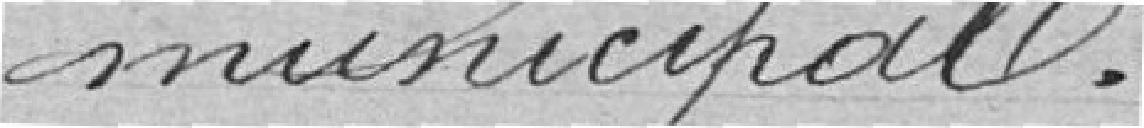
municipal.